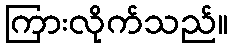
ကြားလိုက်သည်။